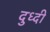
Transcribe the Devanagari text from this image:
दुध्दी